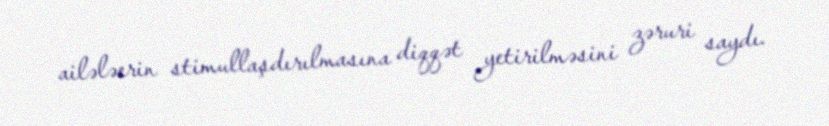
ailələerin stimullaşdırılmasına diqqət yetirilməsini zəruri saydı.